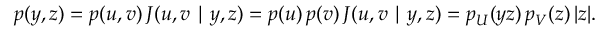
p ( y , z ) = p ( u , v ) \, J ( u , v \mid y , z ) = p ( u ) \, p ( v ) \, J ( u , v \mid y , z ) = p _ { U } ( y z ) \, p _ { V } ( z ) \, | z | .